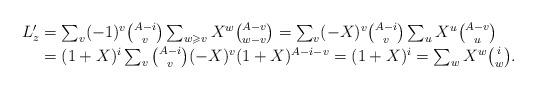
LaTeX: \begin{align*}\textstyle L_z' & = \textstyle \smash{\sum_v (-1)^v {A-i \choose v} \sum_{w\geqslant v} X^w {A-v \choose w-v} = \sum_v (-X)^v {A-i \choose v} \sum_{u} X^{u} {A-v \choose u}} \\& = \textstyle \smash{(1+X)^{i} \sum_v {A-i \choose v} (-X)^v(1+X)^{A-i-v} = (1+X)^i = \sum_{w} X^w {i \choose w}}.\end{align*}